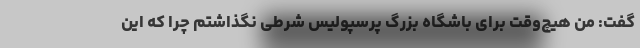
گفت: من هیچ‌وقت برای باشگاه بزرگ پرسپولیس شرطی نگذاشتم چرا که این